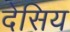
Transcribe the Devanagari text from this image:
देसिय